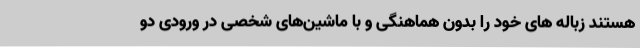
هستند زباله های خود را بدون هماهنگی و با ماشین‌های شخصی در ورودی دو